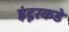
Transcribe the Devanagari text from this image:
इंदूरकडे